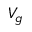
V _ { g }